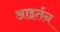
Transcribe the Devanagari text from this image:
आइर्तन